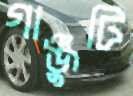
গাঞ্জুটি